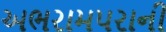
અભરામપરાની